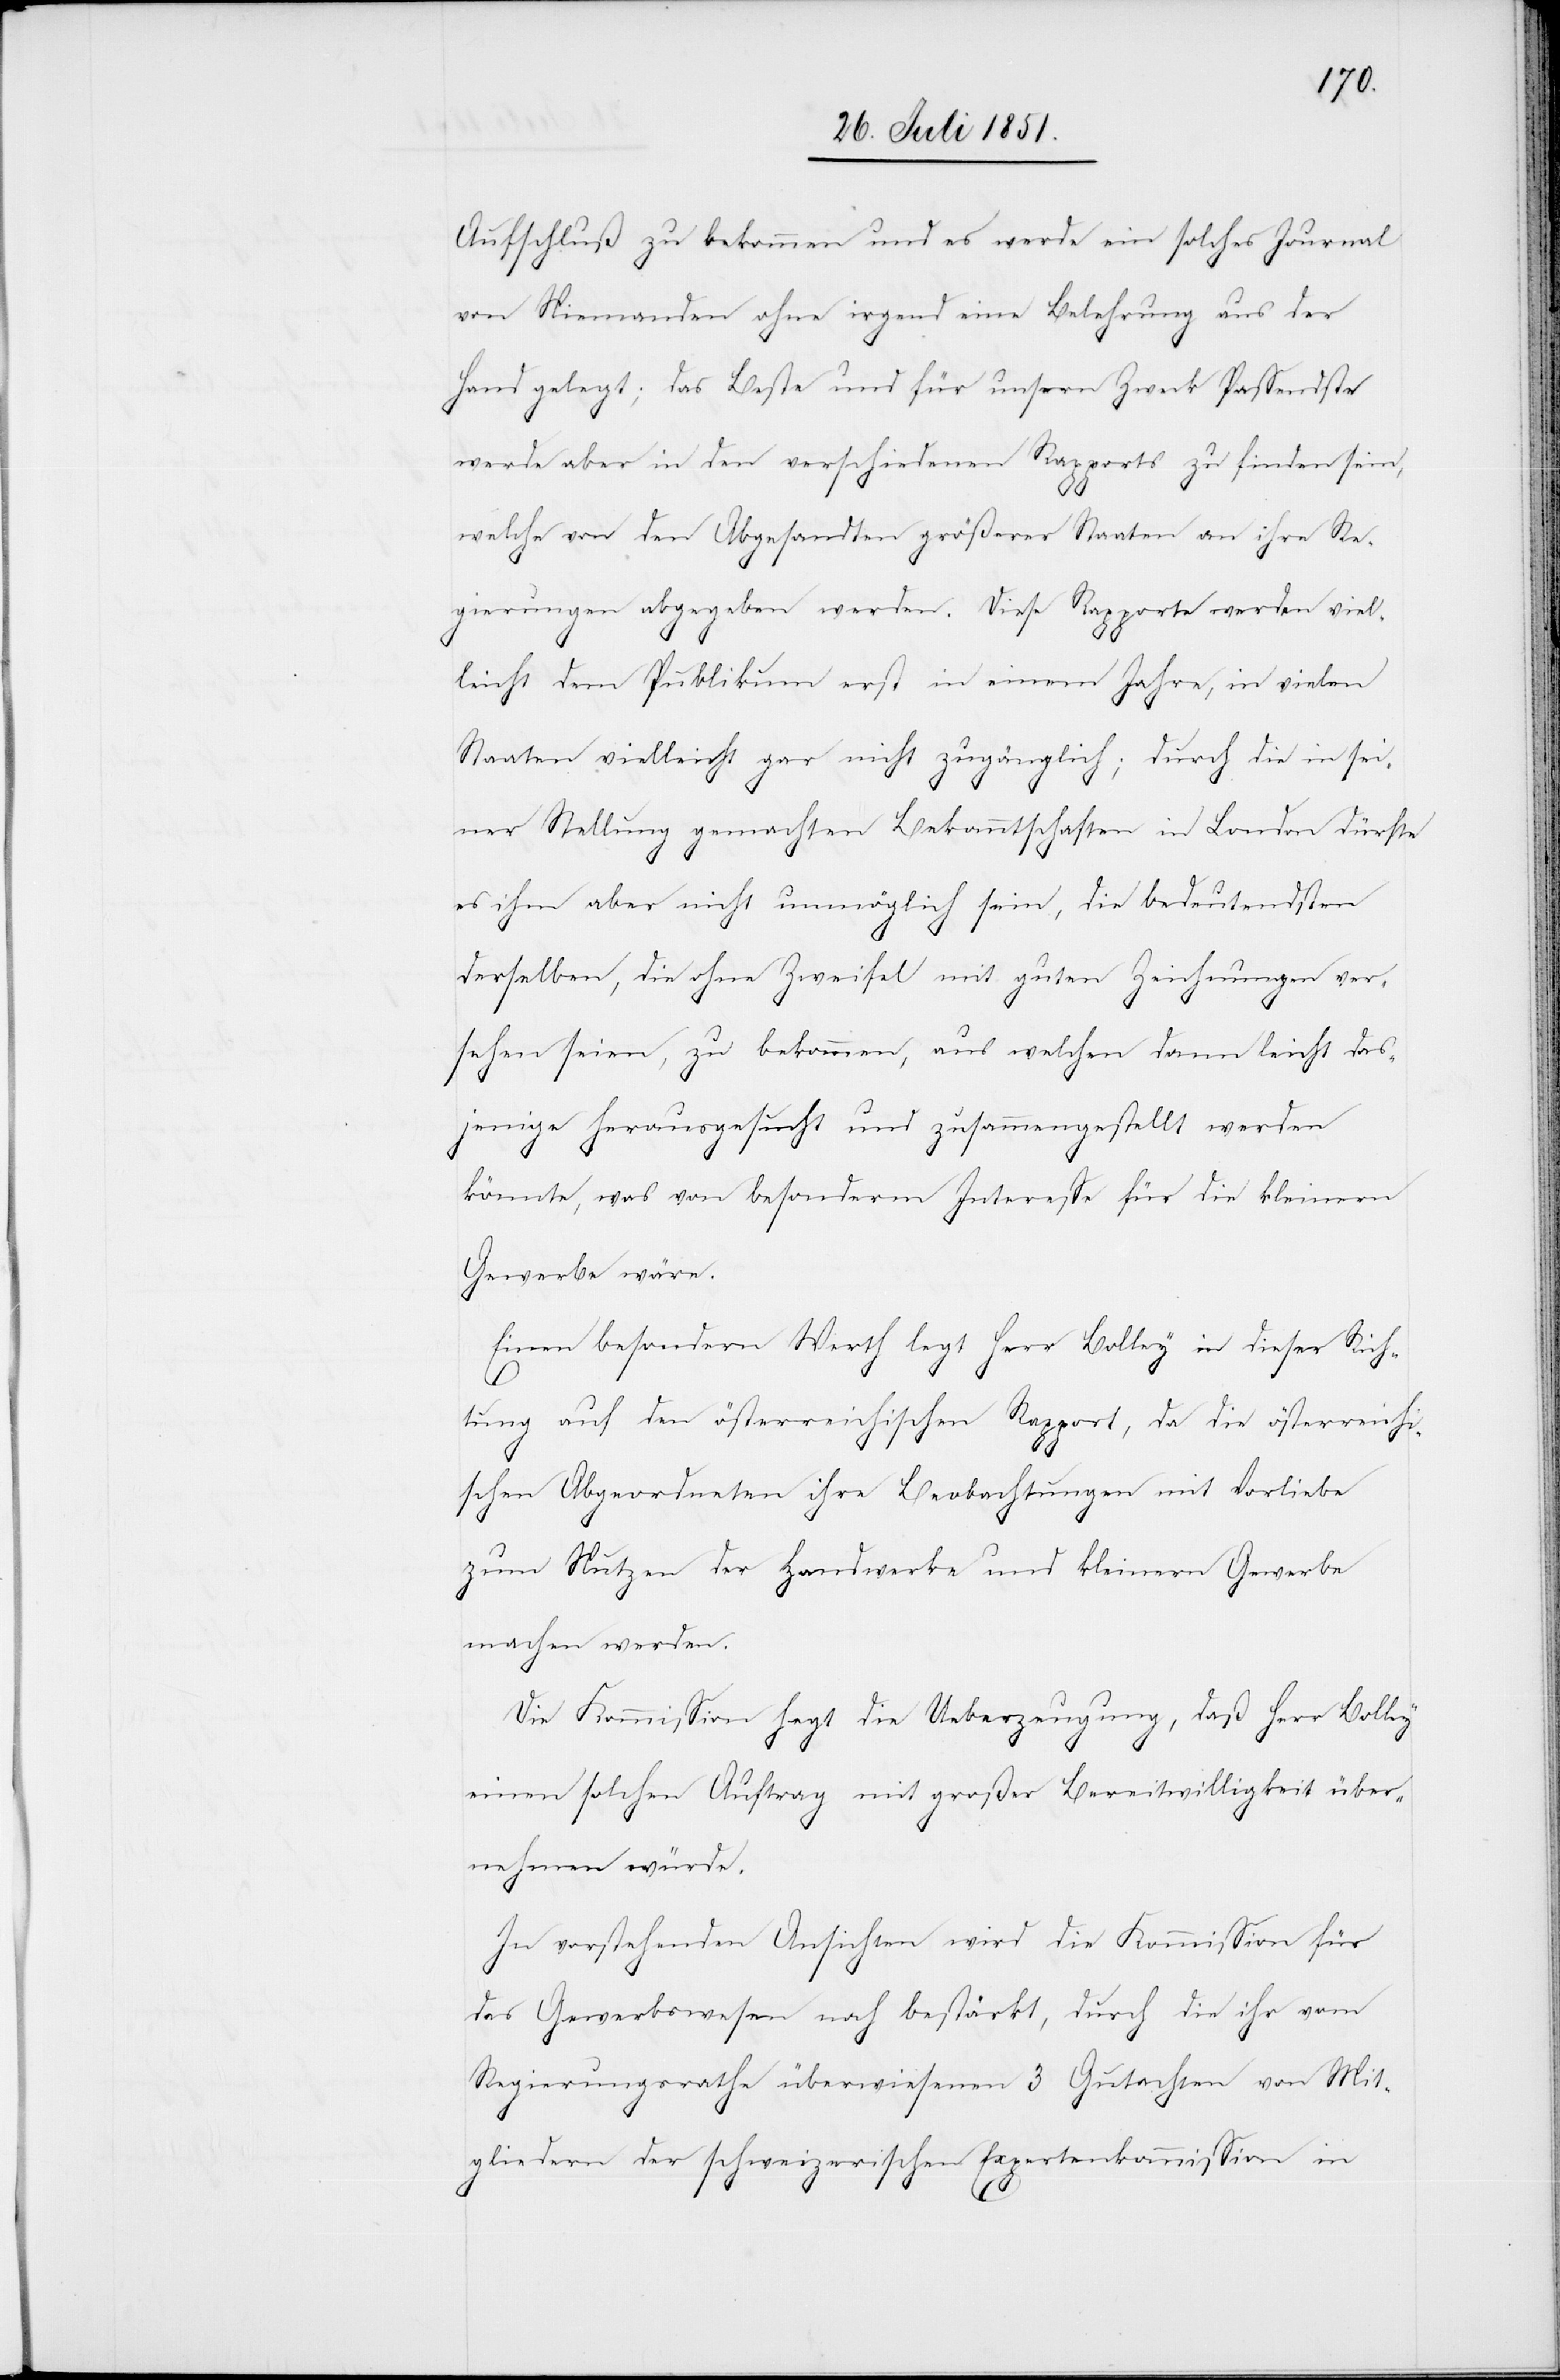
Aufschluß zu bekommen und es werde ein solches Journal
von Niemanden ohne irgend eine Belehrung aus der
Hand gelegt; das Beste und für unsern Zweck Passendste
werde aber in den verschiedenen Rapports zu finden sein,
welche von den Abgesandten größerer Staaten an ihre Re¬
gierungen abgegeben werden. Diese Rapporte werden viel¬
leicht dem Publikum erst in einem Jahre, in vielen
Staaten vielleicht gar nicht zugänglich; durch die in sei¬
ner Stellung gemachten Bekanntschaften in London dürfte
es ihm aber nicht unmöglich sein, die bedeutendsten
derselben, die ohne Zweifel mit guten Zeichnungen ver¬
sehen seien, zu bekommen, aus welchen dann leicht das¬
jenige herausgesucht und zusammengestellt werden
könnte, was von besonderm Interesse für die kleinern
Gewerbe wäre.
Einen besondern Werth legt Herr Bolley in dieser Rich¬
tung auf den österreichischen Rapport, da die österreichi¬
schen Abgeordneten ihre Beobachtungen mit Vorliebe
zum Nutzen der Handwerke und kleinern Gewerbe
machen werden.
Die Kommission hegt die Ueberzeugung, daß Herr Bolley
einen solchen Auftrag mit großer Bereitwilligkeit über¬
nehmen würde.
In vorstehenden Ansichten wird die Kommission für
das Gewerbswesen noch bestärkt, durch die ihr vom
Regierungsrathe überwiesenen 3 Gutachten von Mit¬
gliedern der schweizerischen Expertenkommission in